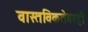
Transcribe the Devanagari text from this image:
वास्तविकतेवरही